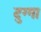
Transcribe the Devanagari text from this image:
दुग्गा